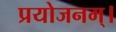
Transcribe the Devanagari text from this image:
प्रयोजनम्।